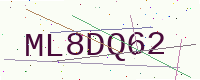
Text: ML8DQ62